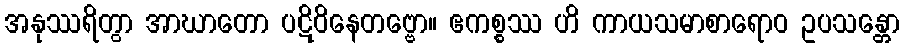
အနုဿရိတွာ အာဃာတော ပဋိဝိနေတဗ္ဗော။ ဧကစ္စဿ ဟိ ကာယသမာစာရောဝ ဥပသန္တော